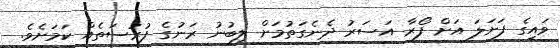
ވައިގެ ފަށަލަ އަށް ފޯރާ އަސަރު ދެނެގަތުމަށް ލިބުނު ރަނުގެ ފުރުސަތެއް ކަމަށެވެ.